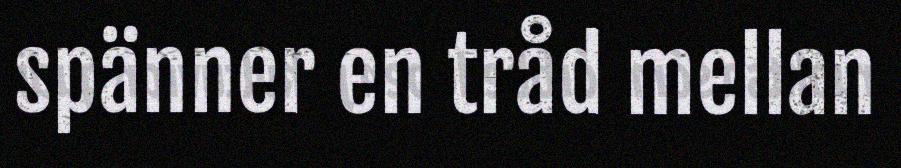
spänner en tråd mellan